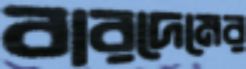
বারদেমের